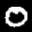
Label: 0